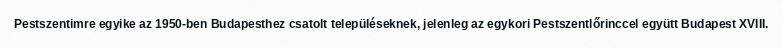
Pestszentimre egyike az 1950-ben Budapesthez csatolt településeknek, jelenleg az egykori Pestszentlőrinccel együtt Budapest XVIII.